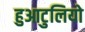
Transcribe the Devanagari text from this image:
हुआटुलियो